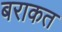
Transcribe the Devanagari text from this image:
बराकत